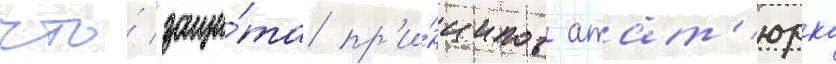
что́ "защи́та пр'и́нципов атат'юрка